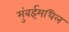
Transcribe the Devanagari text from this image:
मुंबईमधिल